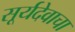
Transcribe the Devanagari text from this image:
सूर्यदेवाचा